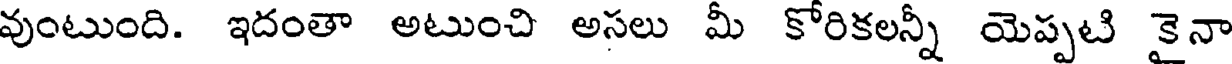
వుంటుంది. ఇదంతా అటుంచి అసలు మీ కోరికలన్నీ యెప్పటి కైనా